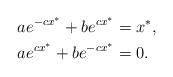
LaTeX: \begin{align*}ae^{-cx^*}+be^{cx^*}&=x^*,\\ae^{cx^*}+be^{-cx^*}&=0.\end{align*}